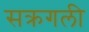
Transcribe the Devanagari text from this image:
सक्रगली